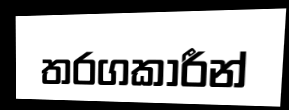
තරගකාරීන්